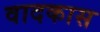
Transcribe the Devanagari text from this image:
वादकास